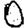
Digit: 0